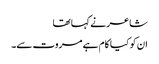
شاعر نے کہا تھا
ان کو کیا کام ہے مروت سے۔